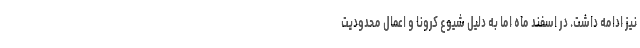
نیز ادامه داشت. در اسفند ماه اما به دلیل شیوع کرونا و اعمال محدودیت